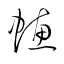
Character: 蟪